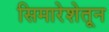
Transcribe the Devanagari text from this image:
सिमारेशेतून